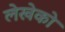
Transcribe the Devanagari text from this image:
लेखेको